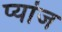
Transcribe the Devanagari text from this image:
प्यांज